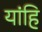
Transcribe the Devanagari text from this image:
यांहि